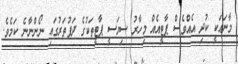
މާނައަކީ ކުދި އެއްވެސް ޕާޓީއެއް މިހާރު ސިޔަސީ ޕާޓީތަކުގެ ދަފުތަރުގައި ނޯންނާނެ ކަމެވެ.